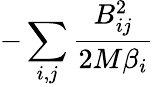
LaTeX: -\sum_{i,j}\frac{B_{ij}^{2}}{2M\beta_{i}}